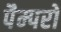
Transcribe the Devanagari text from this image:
पैम्परो